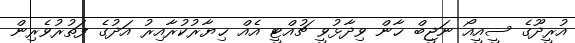
އުރީދޫގެ ސީއީއޯ ނަޖީބް ޚާން ވިދާޅުވީ ޗުއްޓީ އެއް ޚިޔާރުކުރާއިރު އަދުގެ ފަތުރުވެރިން